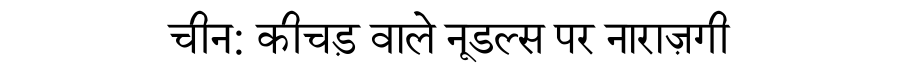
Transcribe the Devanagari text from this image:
चीन: कीचड़ वाले नूडल्स पर नाराज़गी